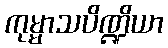
ကုမ္မာသပိဏ္ဍိယာ